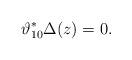
LaTeX: \begin{align*}\vartheta_{10}^{*} \Delta(z) = 0.\end{align*}